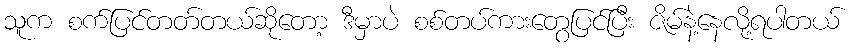
သူက စက်ပြင်တတ်တယ်ဆိုတော့ ဒီမှာပဲ စစ်တပ်ကားတွေပြင်ပြီး ဇိမ်နဲ့နေလို့ရပါတယ်